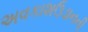
અવકાશઉડાનની